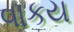
વાકય